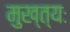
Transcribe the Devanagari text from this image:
मुख्त्यः